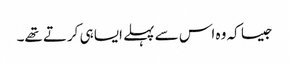
جیسا کہ وہ اس سے پہلے ایسا ہی کرتے تھے۔